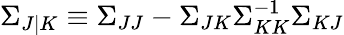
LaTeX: \Sigma_{J|K}\equiv\Sigma_{JJ}-\Sigma_{JK}\Sigma_{KK}^{-1}\Sigma_{KJ}